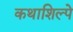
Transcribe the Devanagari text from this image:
कथाशिल्पे